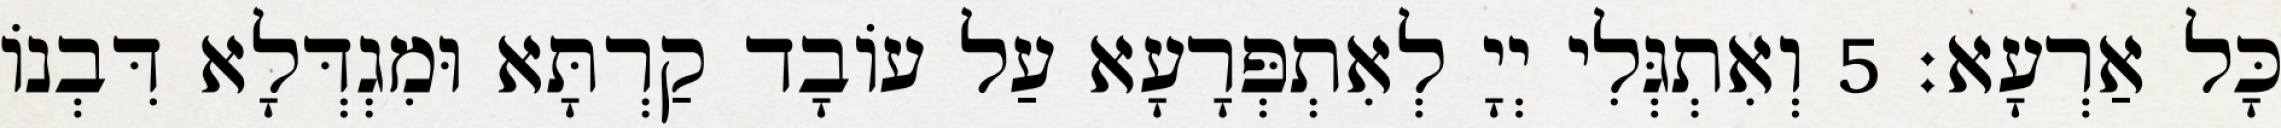
כָּל אַרְעָא׃ 5 וְאִתְגְּלִי יְיָ לְאִתְפְּרָעָא עַל עוֹבָד קַרְתָּא וּמִגְדְּלָא דִּבְנוֹ